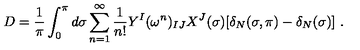
D = \frac { 1 } { \pi } \int _ { 0 } ^ { \pi } d \sigma \sum _ { n = 1 } ^ { \infty } \frac { 1 } { n ! } Y ^ { I } ( \omega ^ { n } ) _ { I J } X ^ { J } ( \sigma ) [ \delta _ { N } ( \sigma , \pi ) - \delta _ { N } ( \sigma ) ] \ .